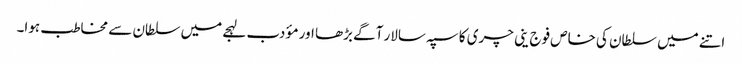
اتنے میں سلطان کی خاص فوج ینی چری کا سپہ سالار آگے بڑھا اور مؤدب لہجے میں سلطان سے مخاطب ہوا۔